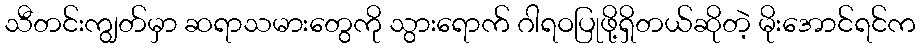
သီတင်းကျွတ်မှာ ဆရာသမားတွေကို သွားရောက် ဂါရဝပြုဖို့ရှိတယ်ဆိုတဲ့ မိုးအောင်ရင်က